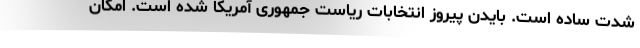
شدت ساده است. بایدن پیروز انتخابات ریاست جمهوری آمریکا شده است. امکان